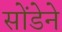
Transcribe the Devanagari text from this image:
सोंडेने